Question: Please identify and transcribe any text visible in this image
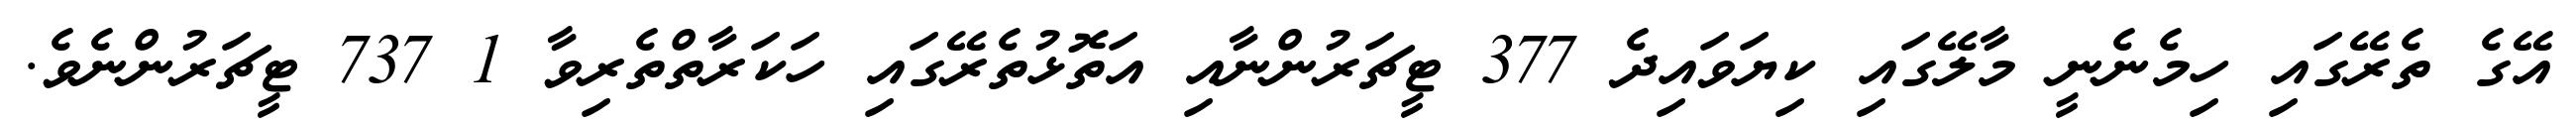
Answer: އޭގެ ތެރޭގައި ހިމެނެނީ މާލޭގައި ކިޔަވައިދެ 377 ޓީޗަރުންނާއި އަތޮޅުތެރޭގައި ހަކަރާތްތެރިވާ 1 737 ޓީޗަރުންނެވެ.